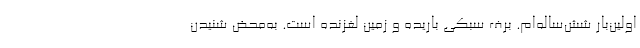
اولین‌بار شش‌ساله‌ام. برف سبکی باریده و زمین لغزنده است. به‌محض شنیدن